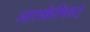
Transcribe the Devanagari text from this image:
आलकेमिस्ट